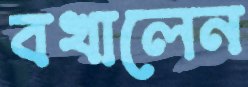
বখালেন